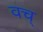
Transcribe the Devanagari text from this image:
वच्